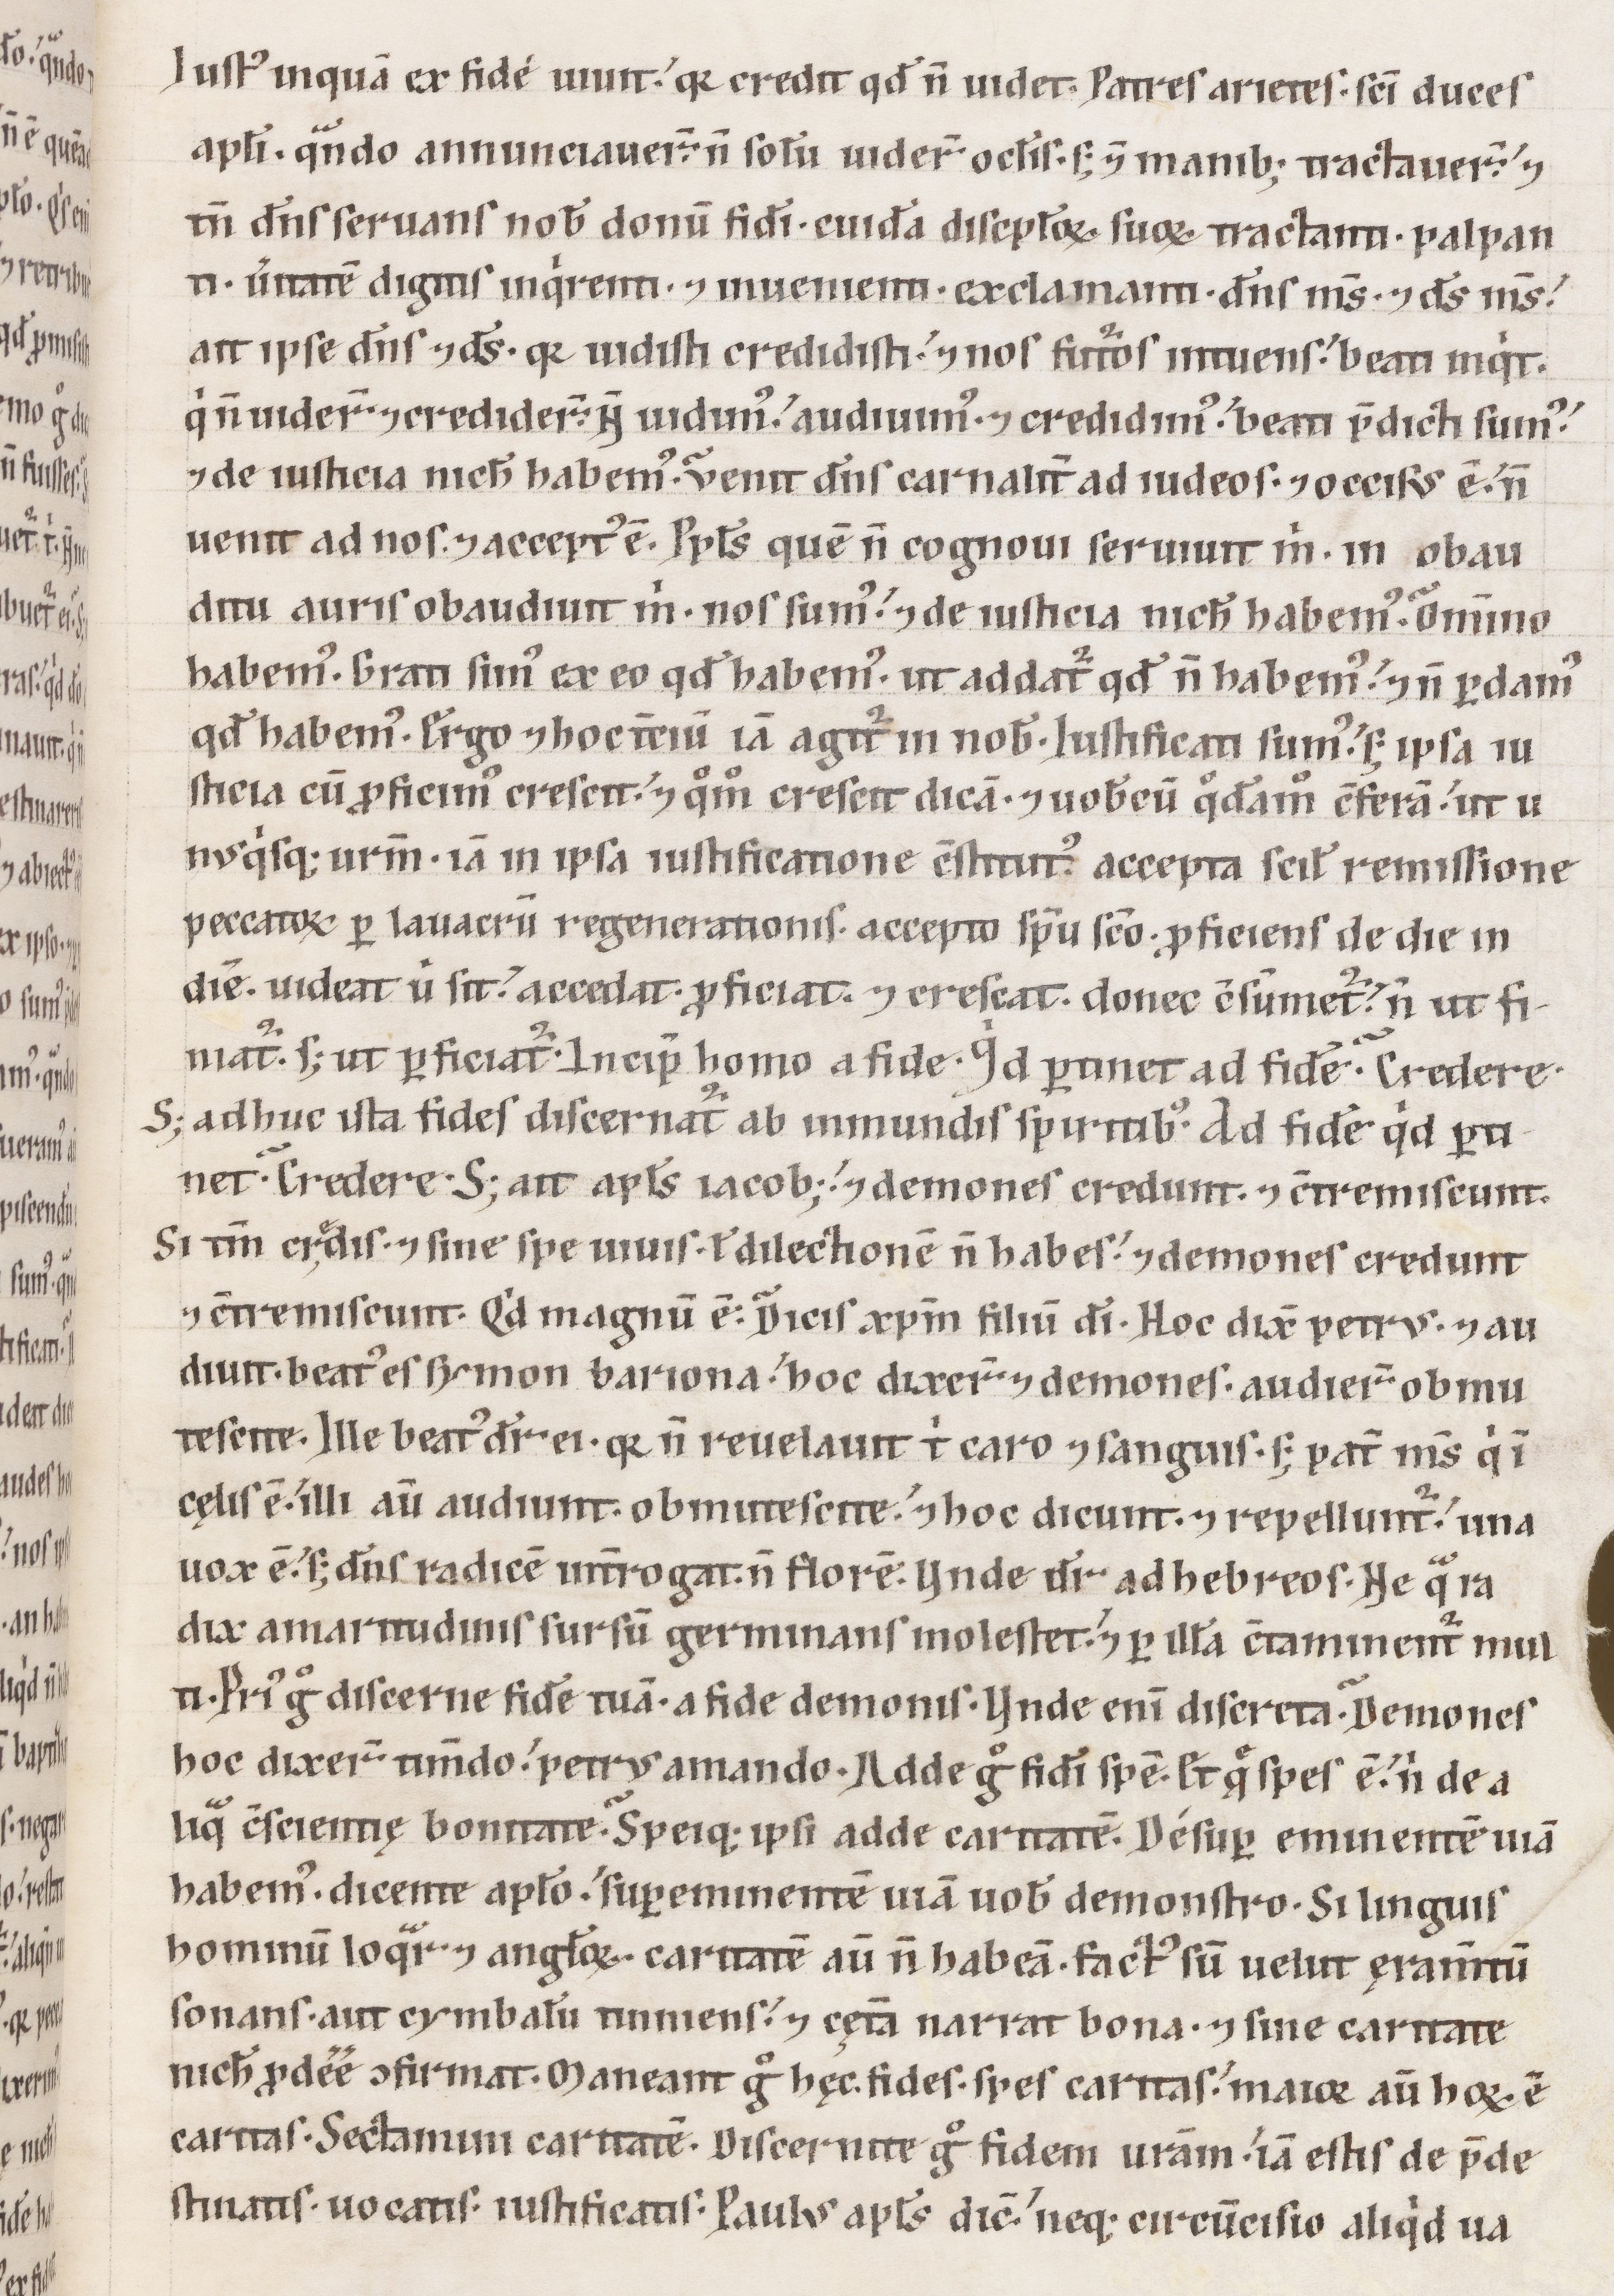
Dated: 1100–1199